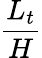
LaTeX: \frac{L_{t}}{H}